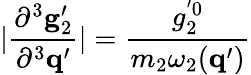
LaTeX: |\frac{\partial^{3}{\mathbf g}_{2}^{\prime}}{\partial^{3}{\mathbf q}^{\prime}}|=\frac{g_{2}^{'0}}{m_{2}\omega_{2}({\mathbf q}^{\prime})}